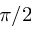
\pi / 2